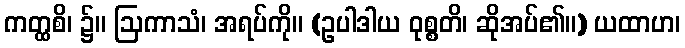
ကတ္ထစိ၊ ၌။ ဩကာသံ၊ အရပ်ကို။ (ဥပါဒါယ ဝုစ္စတိ၊ ဆိုအပ်၏။) ယထာဟ၊